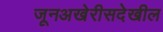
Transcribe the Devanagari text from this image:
जूनअखेरीसदेखील